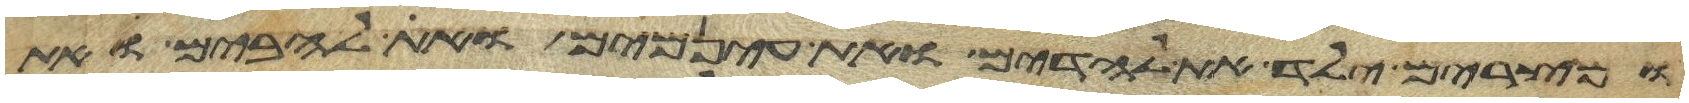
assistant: ומצרים ילד את לדים ואת עינמים ואת להבים ואת